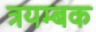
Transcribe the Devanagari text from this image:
त्रयम्बक